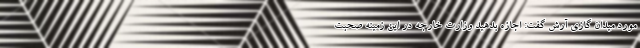
مورد میدان گازی آرش گفت: اجازه بدهید وزارت خارجه در این زمینه صحبت